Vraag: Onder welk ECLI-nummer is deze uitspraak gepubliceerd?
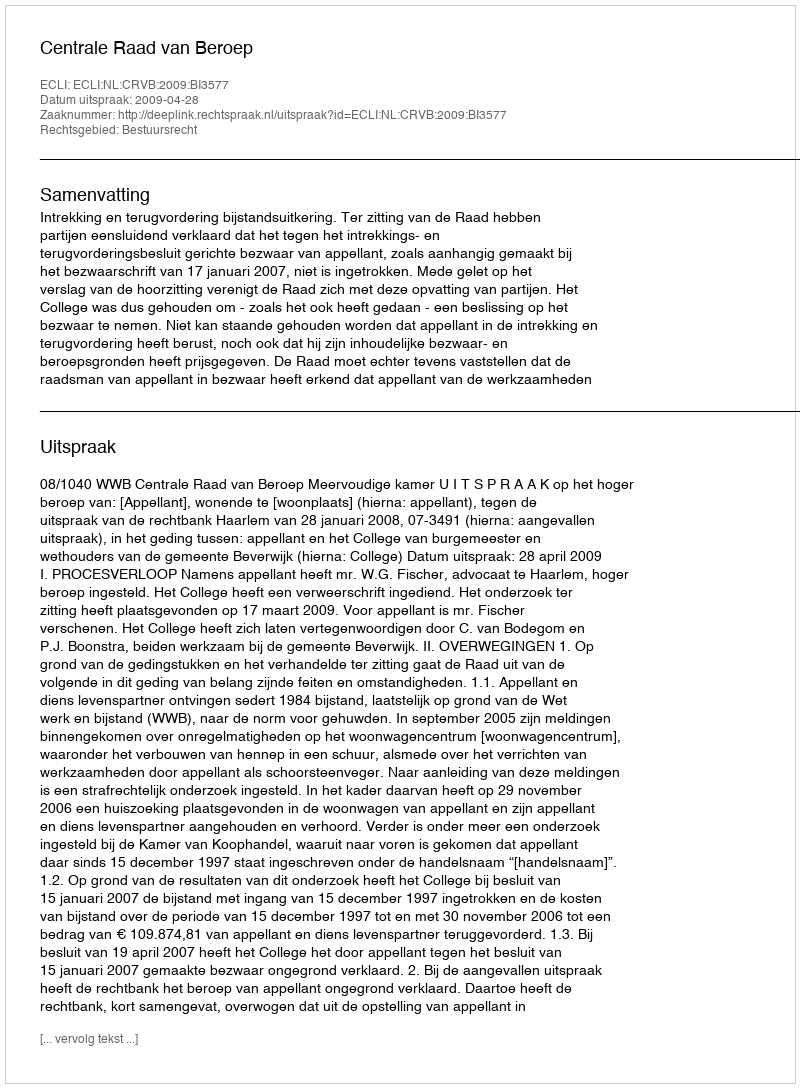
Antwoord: ECLI:NL:CRVB:2009:BI3577